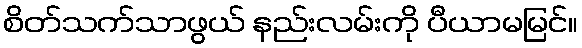
စိတ်သက်သာဖွယ် နည်းလမ်းကို ပီယာမမြင်။